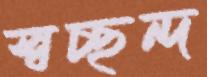
স্বচ্ছন্দ